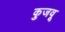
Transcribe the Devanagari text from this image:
कुजवू